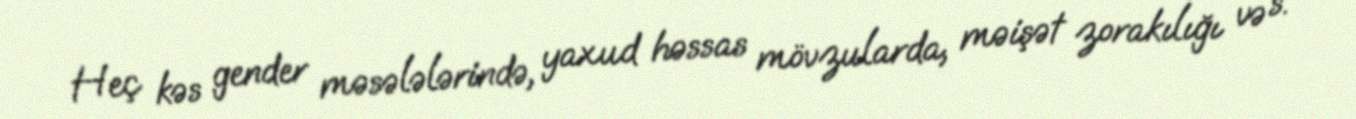
Heç kəs gender məsələlərində, yaxud həssas mövzularda, məişət zorakılığı və s.